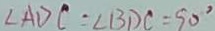
\angle A D C = \angle B D C = 9 0 ^ { \circ }